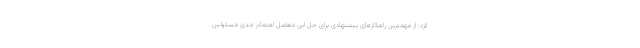
کرد: از مهمترین راهکارهای پیشنهادی برای حل این معضل اهتمام جدی مسئولین